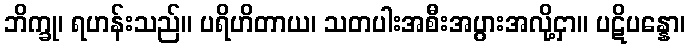
ဘိက္ခု၊ ရဟန်းသည်။ ပရိဟိတာယ၊ သတပါးအစီးအပွားအလို့ငှာ။ ပဋိပန္နော၊